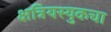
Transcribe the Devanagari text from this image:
क्षत्रियस्युकचा